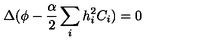
\Delta ( \phi - \frac { \alpha } { 2 } \sum _ { i } h _ { i } ^ { 2 } C _ { i } ) = 0